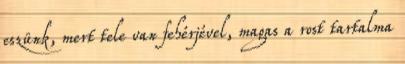
eszünk, mert tele van fehérjével, magas a rost tartalma